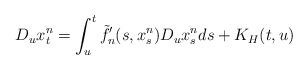
LaTeX: \begin{align*}D_ux^n_t=\int_u^t \tilde{f}'_n(s,x_s^n)D_ux_s^nds+K_H(t,u)\end{align*}